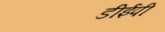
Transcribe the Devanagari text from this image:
डीईपी